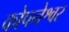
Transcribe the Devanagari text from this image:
कोपनेश्वर